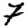
Digit: 7